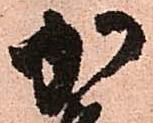
加